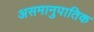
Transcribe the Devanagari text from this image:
असमानुपातिक